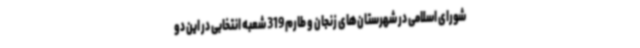
شورای اسلامی در شهرستان‌های زنجان و طارم 319 شعبه انتخابی در این دو